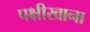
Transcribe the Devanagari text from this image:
पक्षीखाना